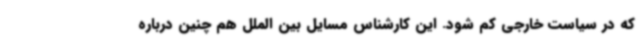
که در سیاست خارجی کم شود. این کارشناس مسایل بین الملل هم چنین درباره